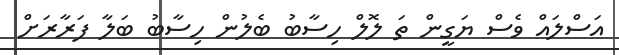
އަސްލައް ވެސް ޔަގީން ތަ ލޮލް ހިސާބު ބެލުން ހިސާބު ބަލާ ފަރާރަށް